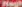
High